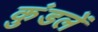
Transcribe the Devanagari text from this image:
कुंडलें